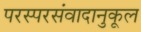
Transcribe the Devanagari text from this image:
परस्परसंवादानुकूल